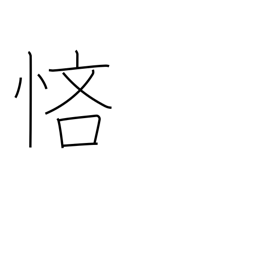
Meaning: stingy